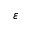
\varepsilon